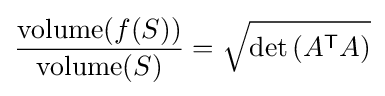
{\frac {\operatorname {volume} (f(S))}{\operatorname {volume} (S)}}={\sqrt {\det \left(A^{\textsf {T}}A\right)}}